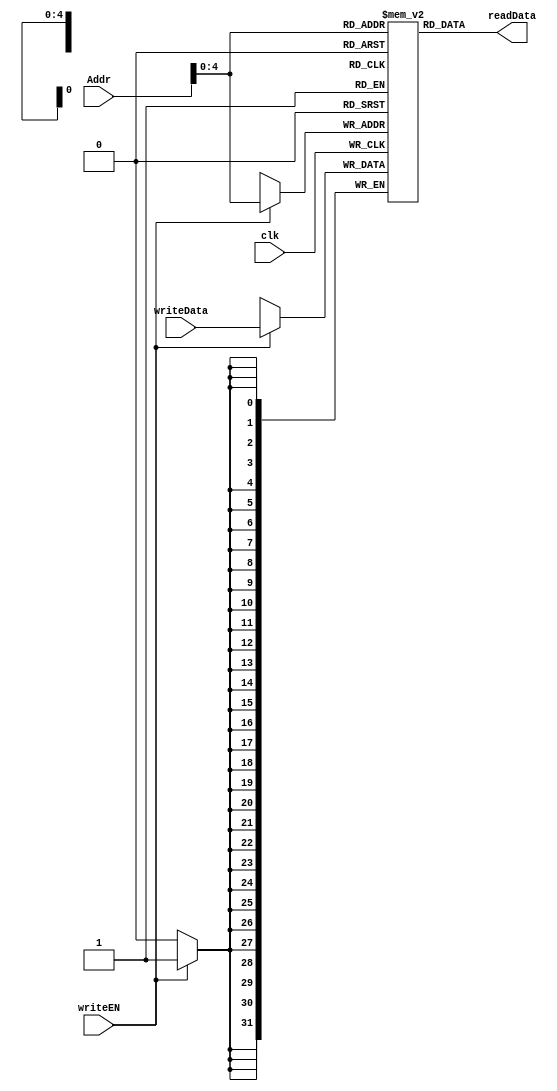
module memory (Addr,writeData,writeEN,readData,clk);
input [31:0]Addr; //address width
input [31:0]writeData; //bits
input writeEN;
output reg [31:0]readData; //bits
input clk;

reg [ 31:0] mem [ 31 :0]; // element count 

assign readData = mem[Addr]; //read address data is assigned to readData

always @(posedge clk)
 if (writeEN)
   mem[Addr] <= writeData ; // on every clock the data on write address in writting on write data 

endmodule